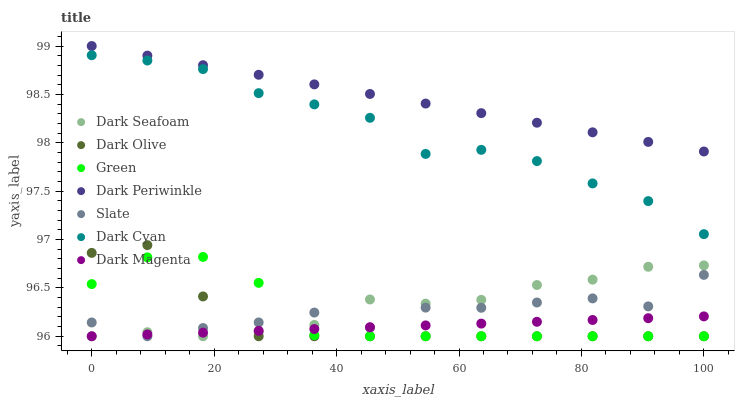
| xaxis_label | Dark Seafoam | Dark Olive | Green | Dark Periwinkle | Slate | Dark Cyan | Dark Magenta |
 | --- | --- | --- | --- | --- | --- | --- | --- |
 | 0 | 96 | 96.9 | 96.5 | 99 | 96.1 | 98.9 | 96 |
 | 9.09 | 96 | 96.9 | 96.8 | 98.9 | 96 | 98.9 | 96 |
 | 18.2 | 96 | 96.4 | 96.8 | 98.8 | 96.1 | 98.8 | 96 |
 | 27.3 | 96 | 96 | 96.6 | 98.7 | 96.1 | 98.5 | 96.1 |
 | 36.4 | 96.1 | 96 | 96 | 98.6 | 96.2 | 98.4 | 96.1 |
 | 45.5 | 96.4 | 96 | 96 | 98.5 | 96.1 | 98.3 | 96.1 |
 | 54.5 | 96.3 | 96 | 96 | 98.4 | 96.3 | 97.9 | 96.1 |
 | 63.6 | 96.4 | 96 | 96 | 98.3 | 96.3 | 97.9 | 96.1 |
 | 72.7 | 96.5 | 96 | 96 | 98.2 | 96.3 | 97.8 | 96.1 |
 | 81.8 | 96.6 | 96 | 96 | 98.1 | 96.4 | 97.6 | 96.2 |
 | 90.9 | 96.7 | 96 | 96 | 98 | 96.3 | 97.4 | 96.2 |
 | 100 | 96.7 | 96 | 96 | 97.9 | 96.6 | 97.1 | 96.2 |